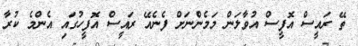
ތޭ ރައީސް އޮފީސް އުވާލަން މަމެންނަށް ފެނެއޭ ރައީސް އޮފީހުގައި އެންމެ ކުރާ